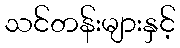
သင်တန်းများနှင့်